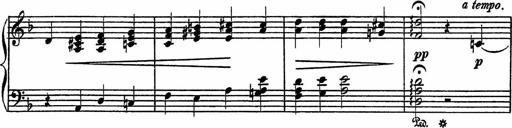
Title: Piano Sonatinas
Composer: Charles Fradel